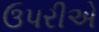
ઉપરીએ